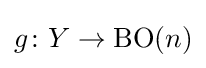
g\colon Y\rightarrow \operatorname {BO} (n)